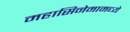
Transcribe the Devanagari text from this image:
महासिनेमामध्ये